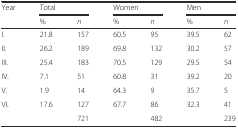
<table><thead><tr><td rowspan="2"><b>Year</b></td><td colspan="2"><b>Total</b></td><td colspan="2"><b>Women</b></td><td colspan="2"><b>Men</b></td></tr><tr><td><b>%</b></td><td><b><i>n</i></b></td><td><b>%</b></td><td><b><i>n</i></b></td><td><b>%</b></td><td><b><i>n</i></b></td></tr></thead><tbody><tr><td>I.</td><td>21.8</td><td>157</td><td>60.5</td><td>95</td><td>39.5</td><td>62</td></tr><tr><td>II.</td><td>26.2</td><td>189</td><td>69.8</td><td>132</td><td>30.2</td><td>57</td></tr><tr><td>III.</td><td>25.4</td><td>183</td><td>70.5</td><td>129</td><td>29.5</td><td>54</td></tr><tr><td>IV.</td><td>7.1</td><td>51</td><td>60.8</td><td>31</td><td>39.2</td><td>20</td></tr><tr><td>V.</td><td>1.9</td><td>14</td><td>64.3</td><td>9</td><td>35.7</td><td>5</td></tr><tr><td>VI.</td><td>17.6</td><td>127</td><td>67.7</td><td>86</td><td>32.3</td><td>41</td></tr><tr><td></td><td></td><td>721</td><td></td><td>482</td><td></td><td>239</td></tr></tbody></table>